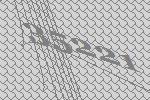
35221